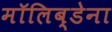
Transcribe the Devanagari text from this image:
मॉलिब्डेना